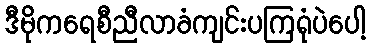
ဒီမိုကရေစီညီလာခံကျင်းပကြရုံပဲပေါ့